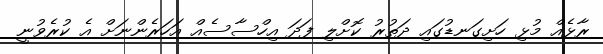
ރާޅެއް މުޅި ހަށިގަނޑުގައި ދަތުރު ކޮށްލި ފަދަ އިހްސާސެއް އަހަރެންނަށް އެ ކުރެވުނީ